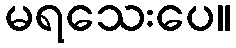
မရသေးပေ။